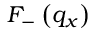
{ { F } _ { - } } \left( { { q } _ { x } } \right)